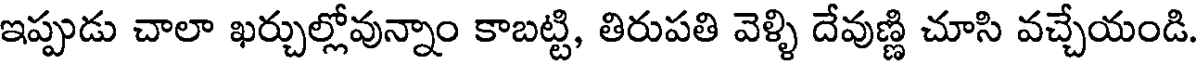
ఇప్పుడు చాలా ఖర్చుల్లోవున్నాం కాబట్టి, తిరుపతి వెళ్ళి దేవుణ్ణి చూసి వచ్చేయండి